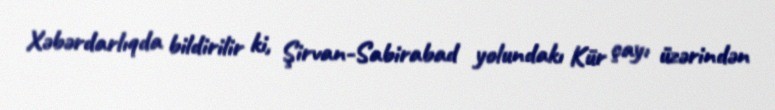
Xəbərdarlıqda bildirilir ki, Şirvan-Sabirabad yolundakı Kür çayı üzərindən